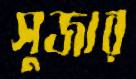
সুজার